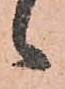
々